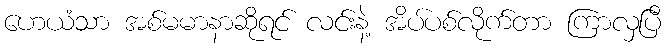
ဟေယံသာ အစ်မမာနာဆိုရင် လင်းနဲ့ အိပ်ပစ်လိုက်တာ ကြာလှပြီ